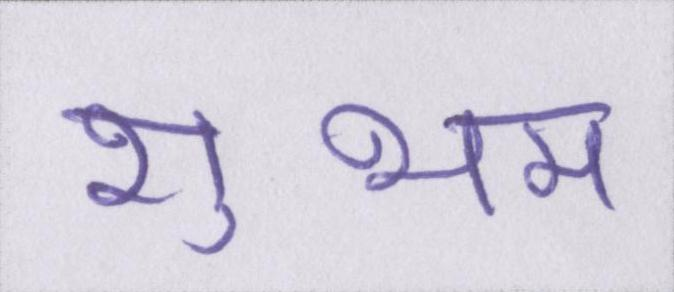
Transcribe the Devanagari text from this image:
शुभम